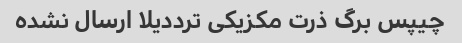
چیپس برگ ذرت مکزیکی ترددیلا ارسال نشده